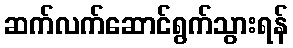
ဆက်လက်ဆောင်ရွက်သွားရန်